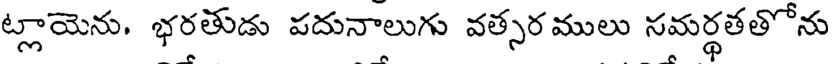
ట్లాయెను, భరతుడు పదునాలుగు వత్సర ములు సమర్థతతోను